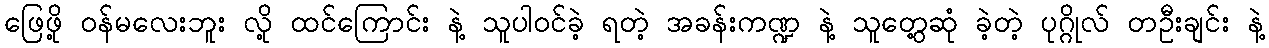
ဖြေဖို့ ဝန်မလေးဘူး လို့ ထင်ကြောင်း နဲ့ သူပါဝင်ခဲ့ ရတဲ့ အခန်းကဏ္ဍ နဲ့ သူတွေ့ဆုံ ခဲ့တဲ့ ပုဂ္ဂိုလ် တဦးချင်း နဲ့